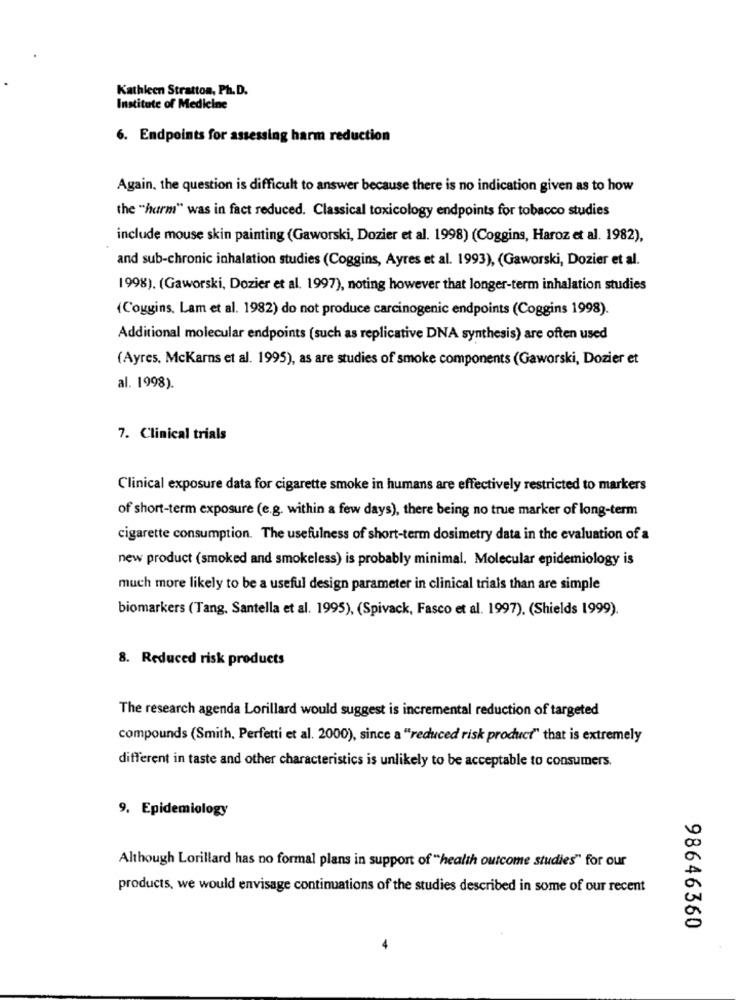
Kathleen Stratton, Ph.D.
Institute of Medicine
6. Endpoints for assessing harm reduction
Again, the question is difficult to answer because there is no indication given as to how
the "hurm" was in fact reduced. Classical toxicology endpoints for tobacco studies
include mouse skin painting (Gaworski, Dozier et al. 1998) (Coggins, Haroz et al. 1982),
and sub-chronic inhalation studies (Coggins, Ayres et al. 1993), (Gaworski, Dozier et al.
1998). (Gaworski, Dozier et al. 1997), noting however that longer-term inhalation studies
(Coggins. Lam et al. 1982) do not produce carcinogenic endpoints (Coggins 1998).
Additional molecular endpoints (such as replicative DNA synthesis) are often used
(Ayres, McKarns et al. 1995), as are studies of smoke components (Gaworski, Dozier et
al. 1998).
7. Clinical trials
Clinical exposure data for cigarette smoke in humans are effectively restricted to markers
of short-term exposure (e.g. within a few days), there being no true marker of long-term
cigarette consumption. The usefulness of short-term dosimetry data in the evaluation of a
new product (smoked and smokeless) is probably minimal. Molecular epidemiology is
much more likely to be a useful design parameter in clinical trials than are simple
biomarkers (Tang, Santella et al. 1995), (Spivack, Fasco et al. 1997). (Shields 1999).
8. Reduced risk products
The research agenda Lorillard would suggest is incremental reduction of targeted
compounds (Smith, Perfetti et al. 2000), since a "reduced risk product" that is extremely
different in taste and other characteristics is unlikely to be acceptable to consumers.
9. Epidemiology
Although Lorillard has no formal plans in support of "health outcome studies" for our
products, we would envisage continuations of the studies described in some of our recent
98646360